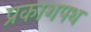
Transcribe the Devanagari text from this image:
प्रकाशपथ